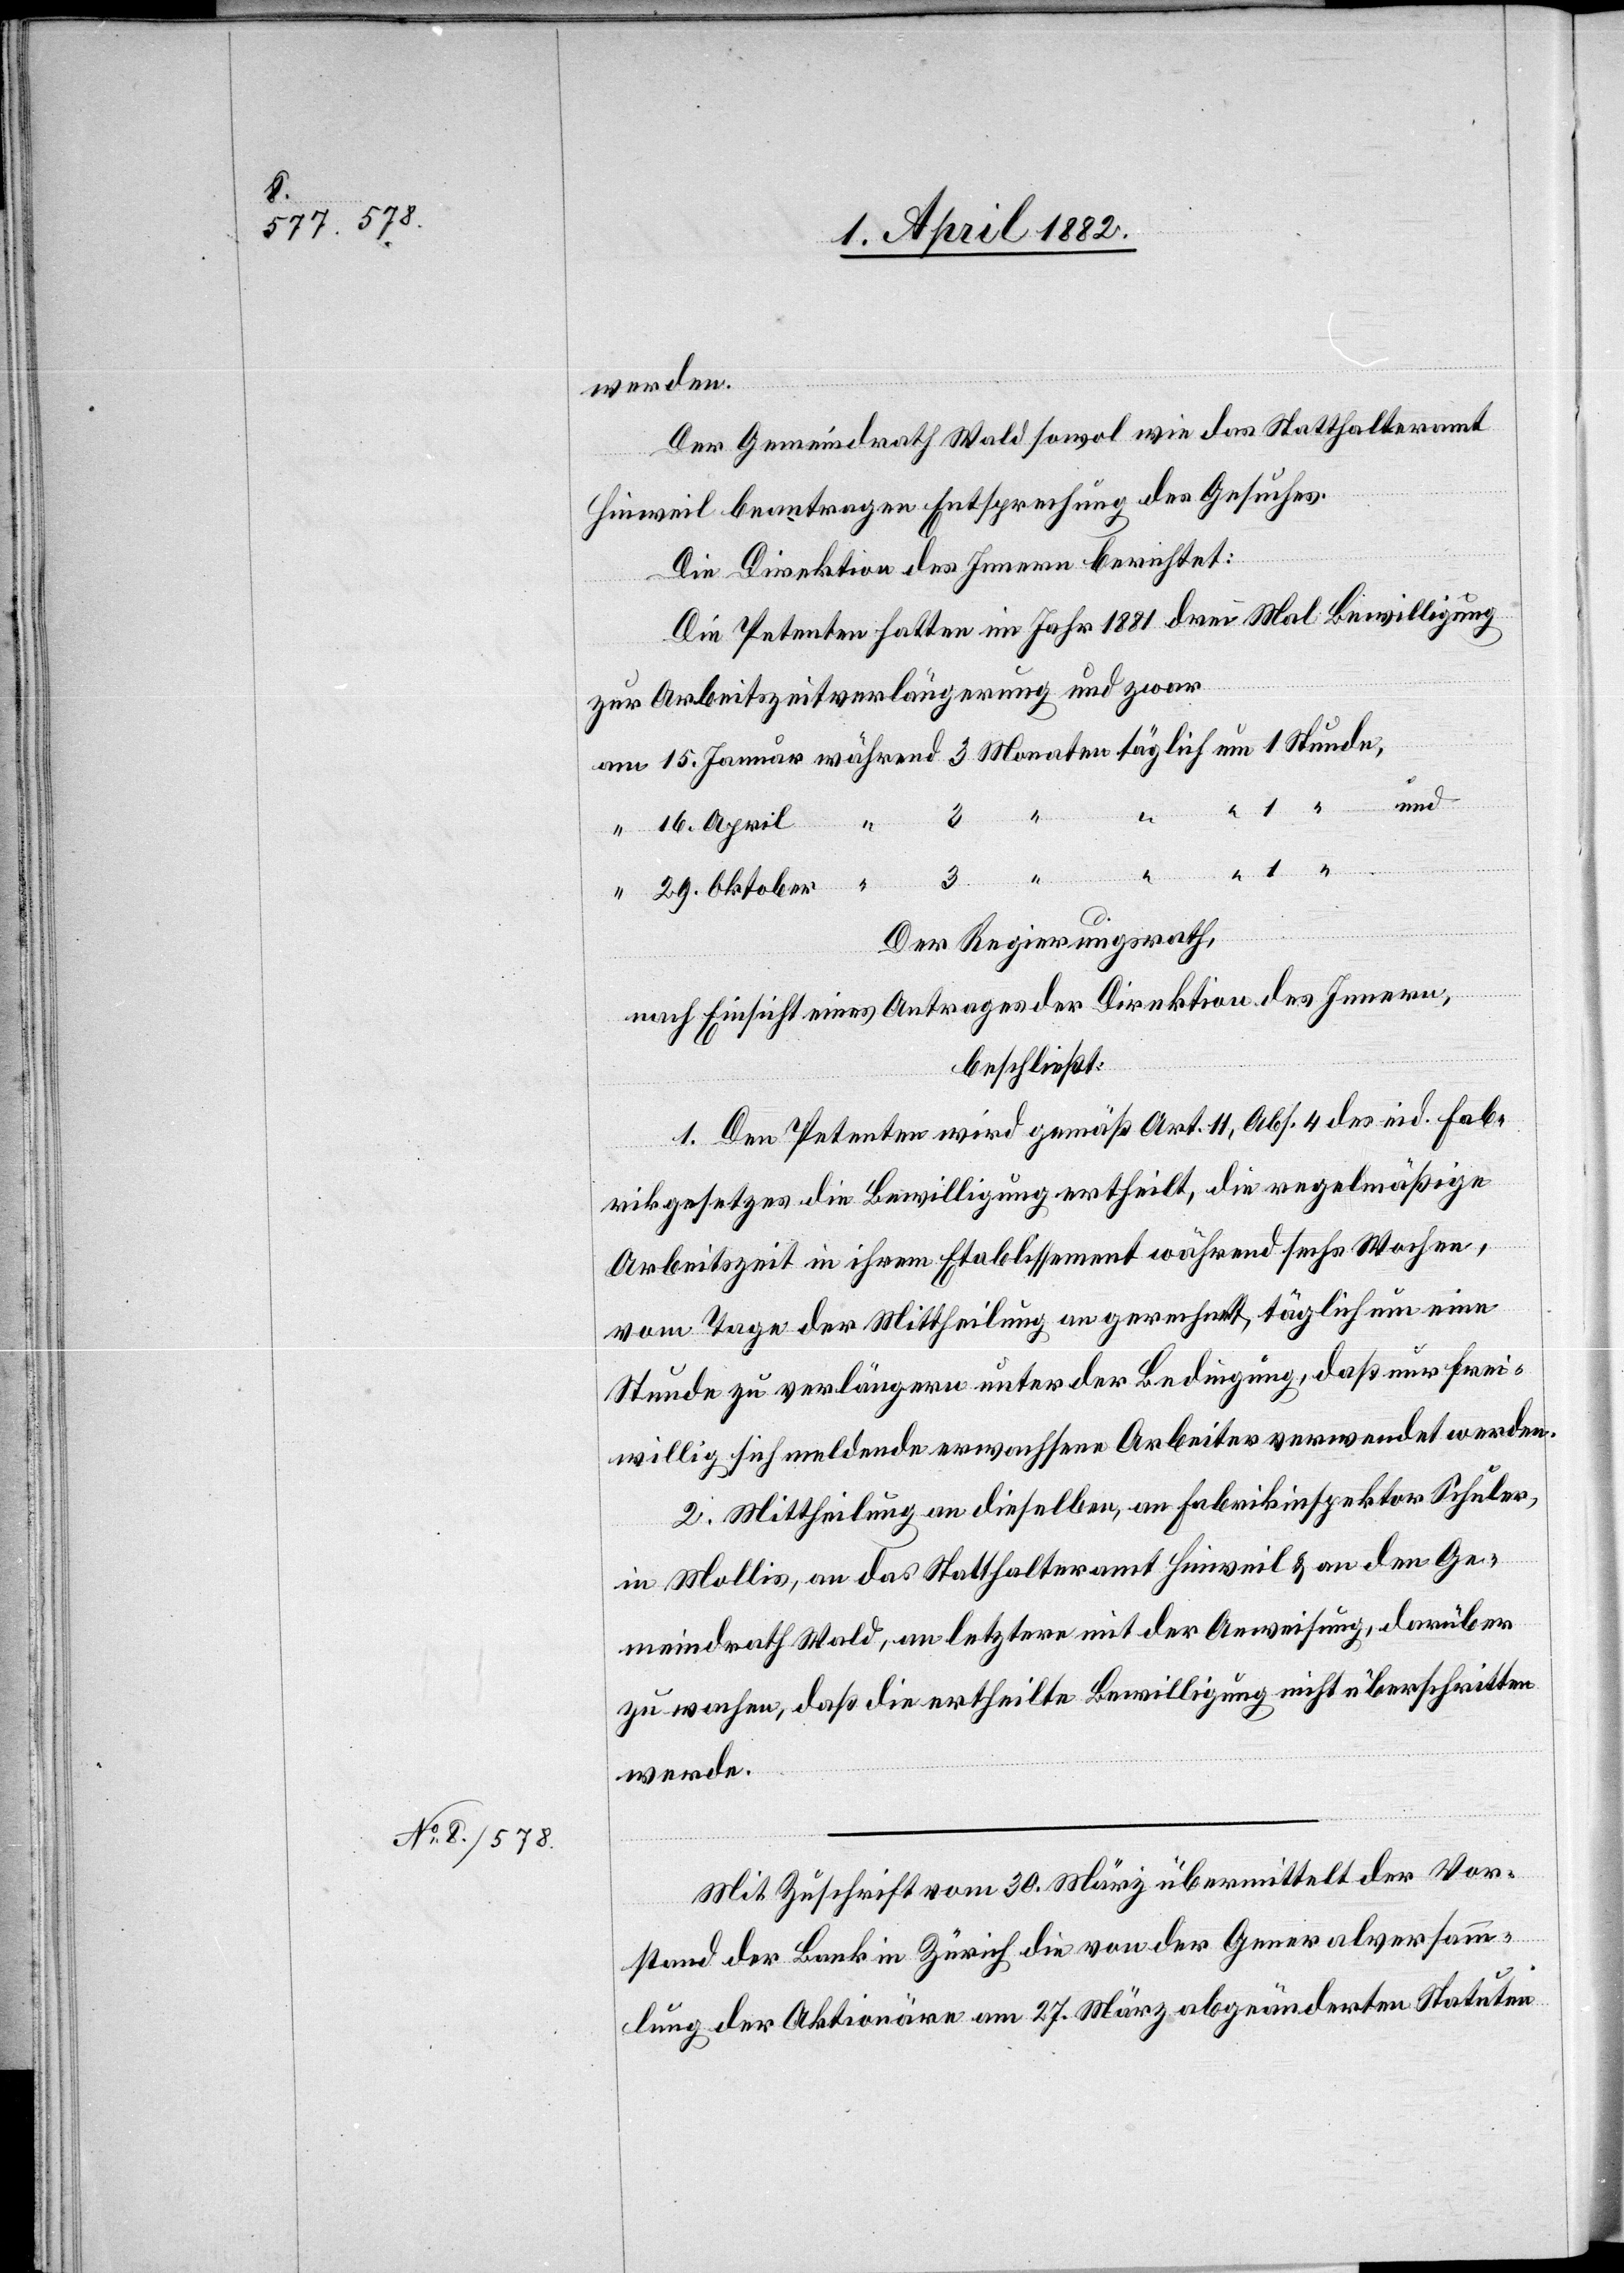
werden.
Der Gemeindrath Wald sowol wie das Statthalteramt
Hinweil beantragen Entsprechung des Gesuches.
Die Direktion des Innern berichtet:
Die Petenten hatten im Jahr 1881 drei Mal Bewilligung
zur Arbeitszeitverlängerung und zwar
1 “ und
“ .
1
Der Regierungsrath,
nach Einsicht eines Antrages der Direktion des Innern,
beschließt:
1. Den Petenten wird gemäß Art. 11, Abs. 4 des eid. Fab¬
rikgesetzes die Bewilligung ertheilt, die regelmäßige
Arbeitszeit in ihrem Etablissement während sechs Wochen,
vom Tage der Mittheilung an gerechnet, täglich um eine
Stunde zu verlängern unter der Bedingung, daß nur frei¬
willig sich meldende erwachsene Arbeiter verwendet werden.
2. Mittheilung an dieselben, an Fabrikinspektor Schuler,
in Mollis, an das Statthalteramt Hinweil & an den Ge¬
meindrath Wald, an letztere mit der Anweisung, darüber
zu wachen, daß die ertheilte Bewilligung nicht überschritten
werde.
Mit Zuschrift vom 30. März übermittelt der Vor¬
stand der Bank in Zürich die von der Generalversamm¬
lung der Aktionäre am 27. März abgeänderten Statuten